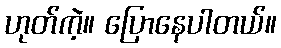
ဟုတ်ကဲ့။ ပြောနေပါတယ်။